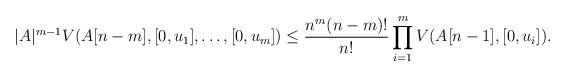
LaTeX: \begin{align*}|A|^{m-1}V(A[n-m],[0,u_1],\dots, [0,u_m])\le\frac{n^m(n-m)!}{n!}\prod_{i=1}^mV(A[n-1],[0,u_i]).\end{align*}